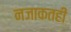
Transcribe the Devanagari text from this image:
नजाकतही